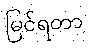
မြင်ရတာ